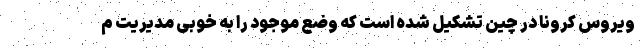
ویروس کرونا در چین تشکیل شده است که وضع موجود را به خوبی مدیریت م